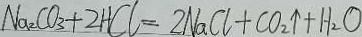
N a _ { 2 } C O _ { 3 } + 2 H C l = 2 N a C l + C O _ { 2 } \uparrow + H _ { 2 } O